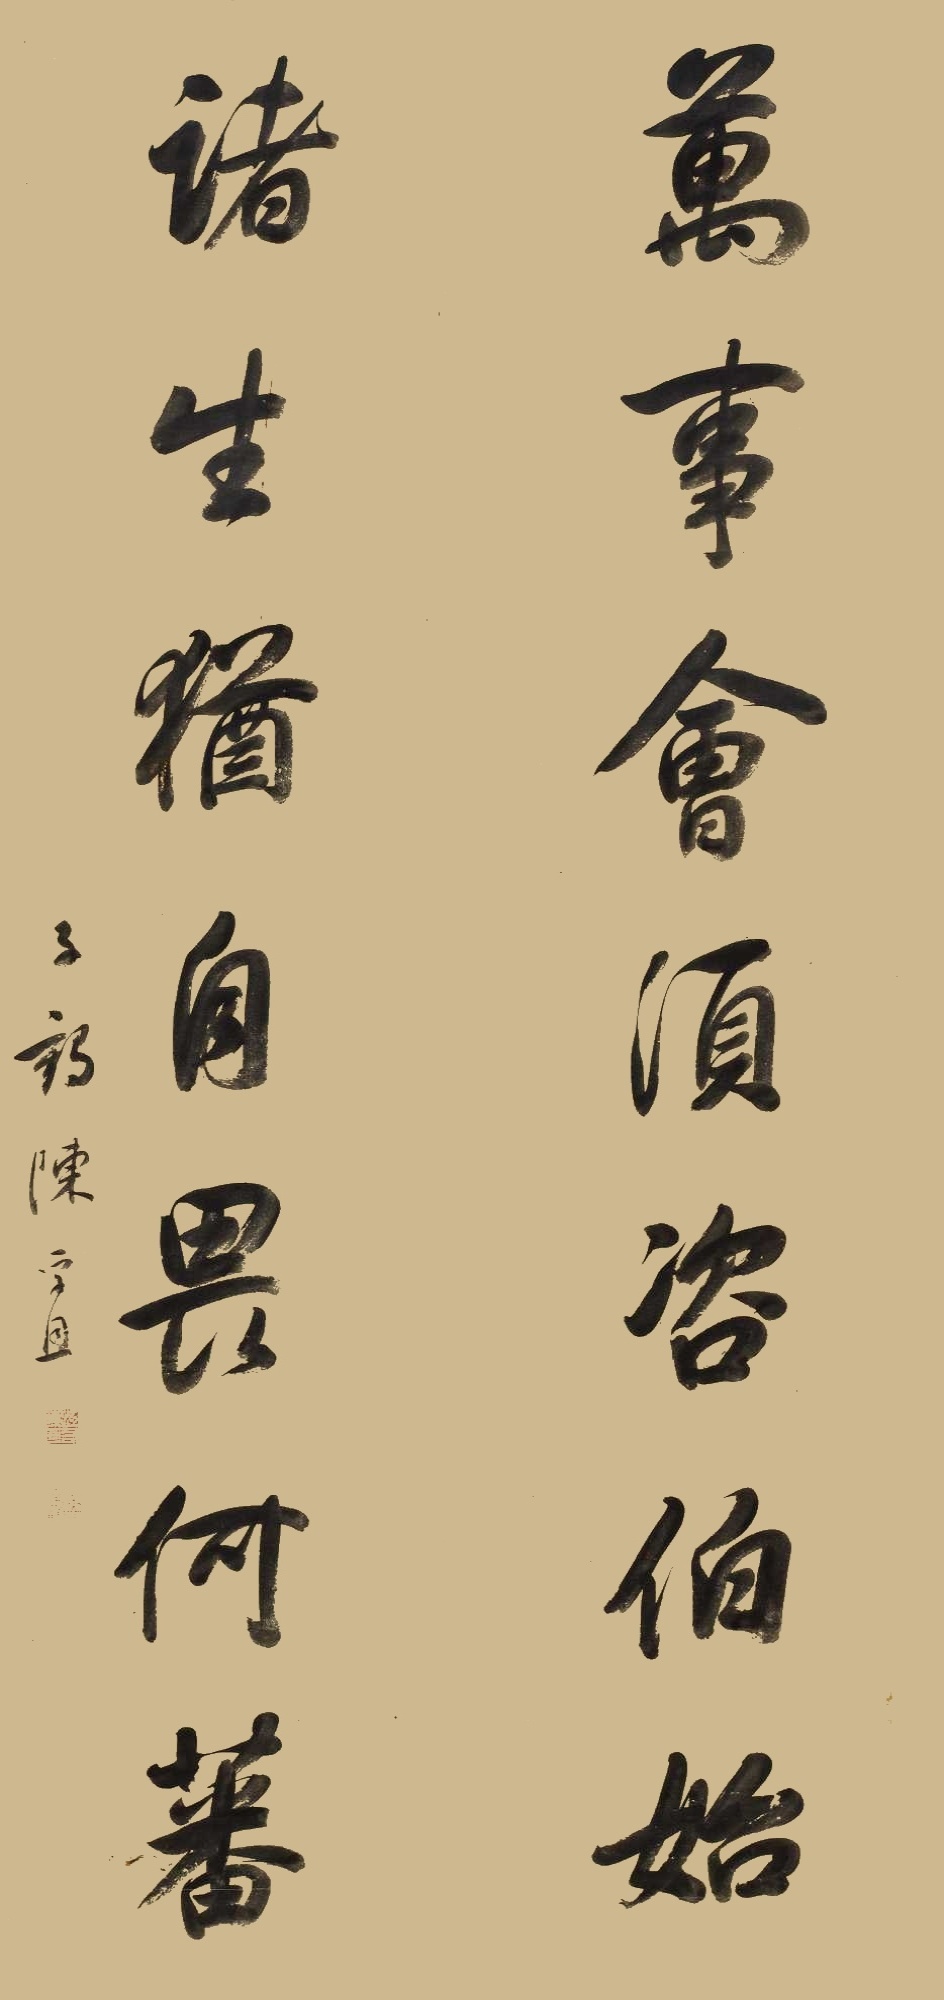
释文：万事会须咨伯始，诸生尤自畏何蕃。子鹤陈孚恩。